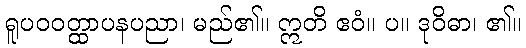
ရူပဝဝတ္ထာပနပညာ၊ မည်၏။ ဣတိ ဧဝံ။ ပ။ ဒုဝိဓာ၊ ၏။